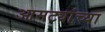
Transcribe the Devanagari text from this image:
आमट्यांच्या